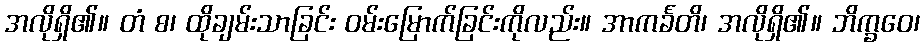
အလိုရှိ၏။ တံ စ၊ ထိုချမ်းသာခြင်း ဝမ်းမြောက်ခြင်းကိုလည်း။ အာကင်္ခတိ၊ အလိုရှိ၏။ ဘိက္ခဝေ၊